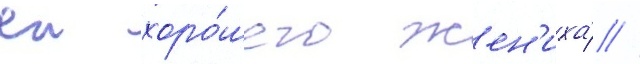
еи хоро́шего жен'иха́ //